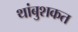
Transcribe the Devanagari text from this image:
थांबुशकत